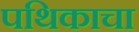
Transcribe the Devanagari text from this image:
पथिकाचा